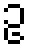
ဥ